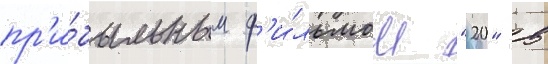
пр'и́быльным ф'и́льмом "20" в